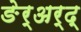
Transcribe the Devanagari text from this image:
ङेर्‍अर्द्